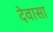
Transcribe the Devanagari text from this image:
देवासा